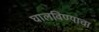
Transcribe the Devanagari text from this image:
घालविण्याचा